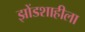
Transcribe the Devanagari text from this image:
झोंडशाहीला